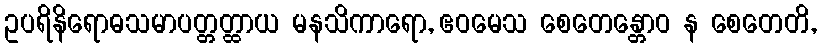
ဥပရိနိရောဓသမာပတ္တတ္ထာယ မနသိကာရော, ဧဝမေသ စေတေန္တောဝ န စေတေတိ,